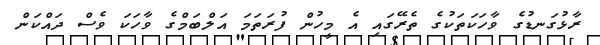
ރާޅުގަނޑުގެ ވާހަކަތަކުގެ ތެރޭގައި އެ މީހުން ފުރަތަމަ އަލްބަމްގެ ވާހަކަ ވެސް ދައްކަން